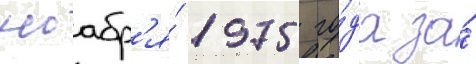
ноабр'я́ 1975 го́да за́